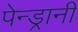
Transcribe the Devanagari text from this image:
पेन्ड्रानी